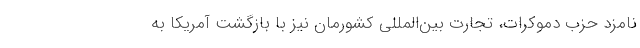
نامزد حزب دموکرات، تجارت بین‌المللی کشورمان نیز با بازگشت آمریکا به